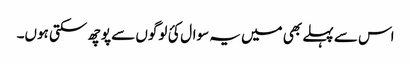
اس سے پہلے بھی میں یہ سوال کئ لوگوں سے پوچھ سکتی ہوں۔